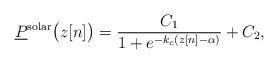
LaTeX: \begin{align*}\underline{P}^{\mathrm{solar}}\big(z[n]\big) = \frac{C_1}{1+e^{-k_{c}(z[n]-\alpha)}}+ C_2,\end{align*}